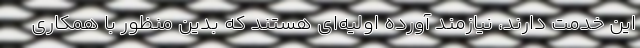
این خدمت دارند، نیازمند آورده اولیه‌ای هستند که بدین منظور با همکاری